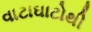
વાટાઘાટોથી